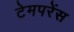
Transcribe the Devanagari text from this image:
टेमपरेंस